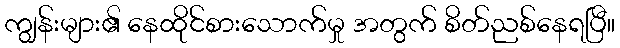
ကျွန်းများ၏ နေထိုင်စားသောက်မှု အတွက် စိတ်ညစ်နေရပြီ။